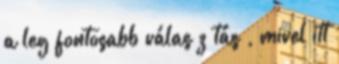
a leg fontosabb válas z tás , mivel itt